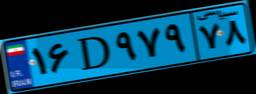
۲۸D۲۱۴۷۱